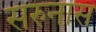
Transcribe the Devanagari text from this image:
सरुनास